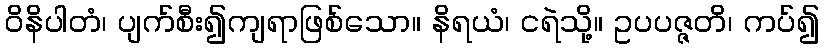
ဝိနိပါတံ၊ ပျက်စီး၍ကျရာဖြစ်သော။ နိရယံ၊ ငရဲသို့။ ဥပပဇ္ဇတိ၊ ကပ်၍